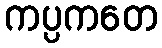
ကပ္ပကတေ